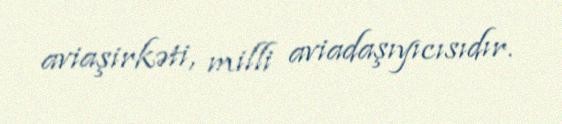
aviaşirkəti, milli aviadaşıyıcısıdır.